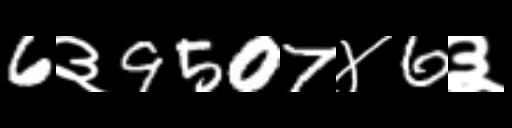
Text: 6३9507४6३